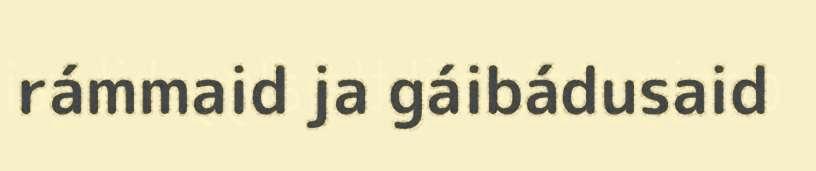
rámmaid ja gáibádusaid